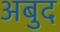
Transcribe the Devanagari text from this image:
अबुद